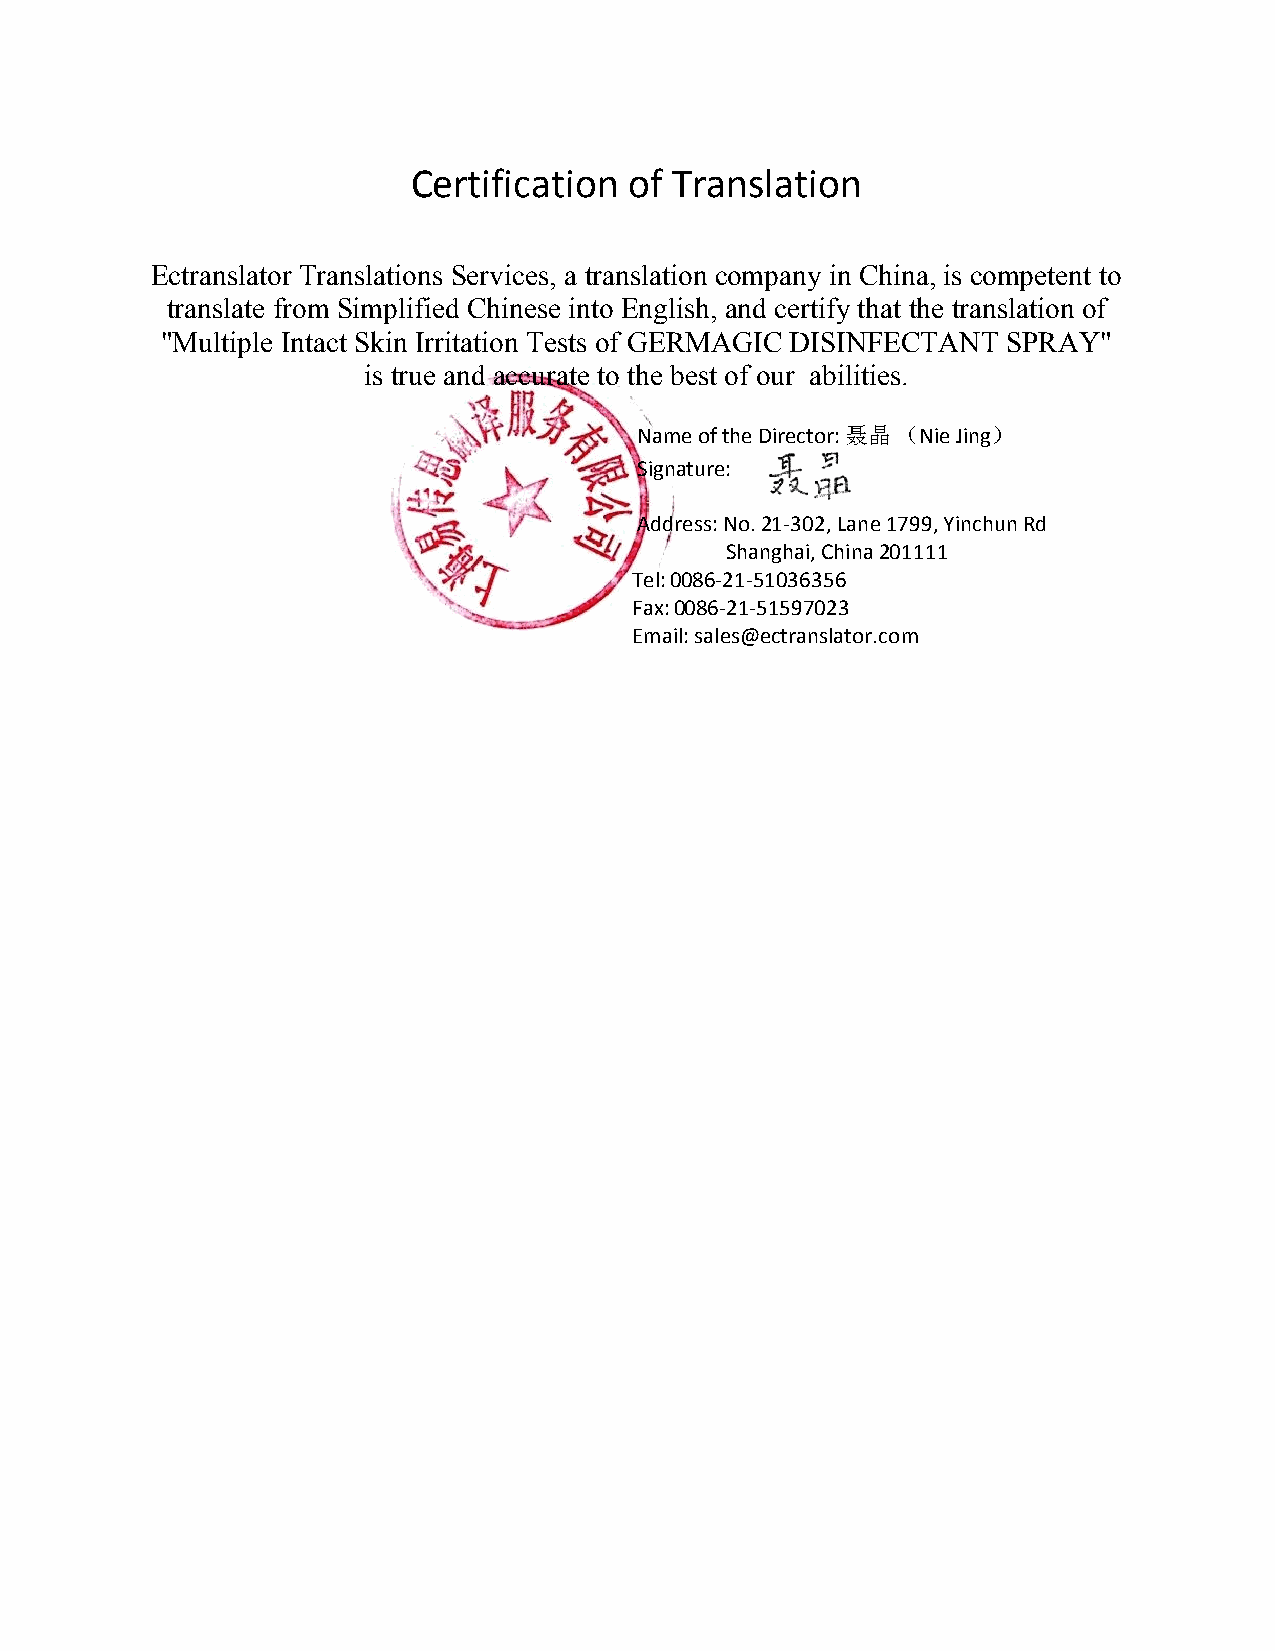
Certification  of Translation
 Ectranslator Translations Services, a translation company in China, is competent to
 translate from Simplified Chinese into English, and certify that the translation of
 "Multiple Intact Skin Irritation Tests of GERMAGIC DISINFECTANT SPRAY"
 is true and accurate to the best of our abilities.
 Name of the Director: 聂晶 （Nie Jing）
 Signature:
 Address: No. 21-302, Lane 1799, Yinchun Rd
 Shanghai, China 201111
 Tel: 0086-21-51036356
 Fax: 0086-21-51597023
 Email: sales@ectranslator.com